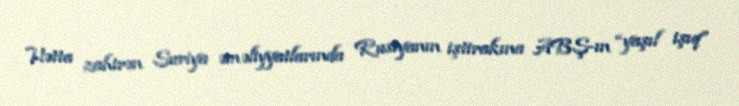
Hətta zahirən Suriya əməliyyatlarında Rusiyanın iştirakına ABŞ-ın “yaşıl işıq”